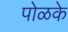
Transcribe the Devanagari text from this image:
पोळके